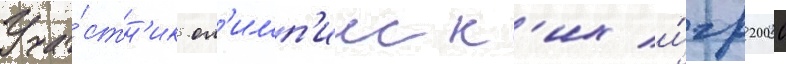
Уча́стн'ик ол'имп'ииск'их и́гр 2000